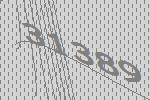
31389